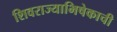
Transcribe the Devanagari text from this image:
शिवराज्याभिषेकाची